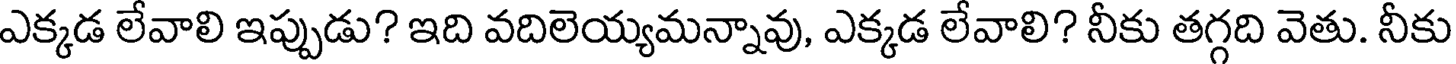
ఎక్కడ లేవాలి ఇప్పుడు? ఇది వదిలెయ్యమన్నావు, ఎక్కడ లేవాలి? నీకు తగ్గది వెతు. నీకు